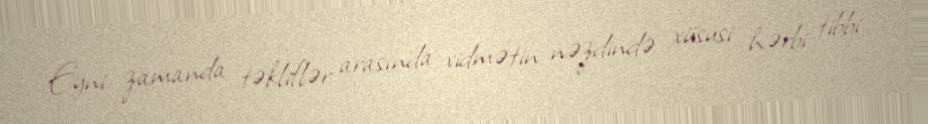
Eyni zamanda təkliflər arasında xidmətin nəzdində xüsusi hərbi tibbi